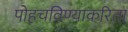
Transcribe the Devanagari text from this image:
पोहचविण्याकरिता